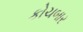
કોચબાર